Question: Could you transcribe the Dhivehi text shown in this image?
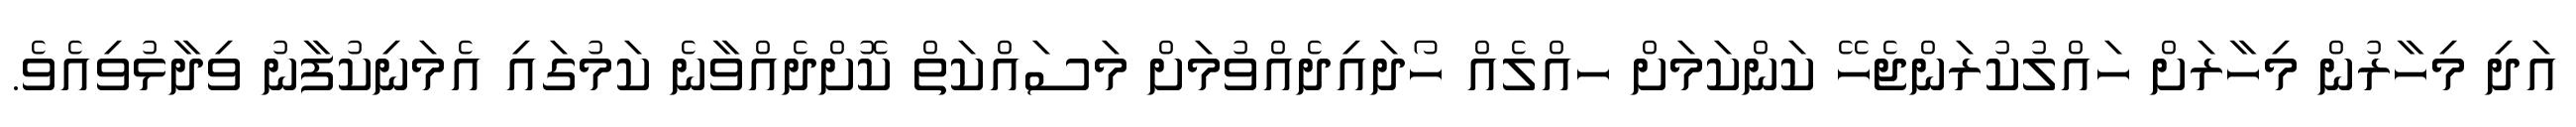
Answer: އަދި މިހާރުން މިހާރަށް ހައްލުކުރަންޖެހޭ ކަންކަމަށް ހއްލެއް ހޯދައިދެއްވުމަށް މަސައްކަތް ކޮށްދެއްވާނެ ކަމުގައި އެމަނިކުފާނު ވިދާޅުވިއެވެ.